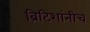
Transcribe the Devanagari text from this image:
ब्रिटिशांनीच